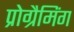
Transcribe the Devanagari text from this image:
प्रोग्रैमिंग